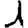
Digit: 1